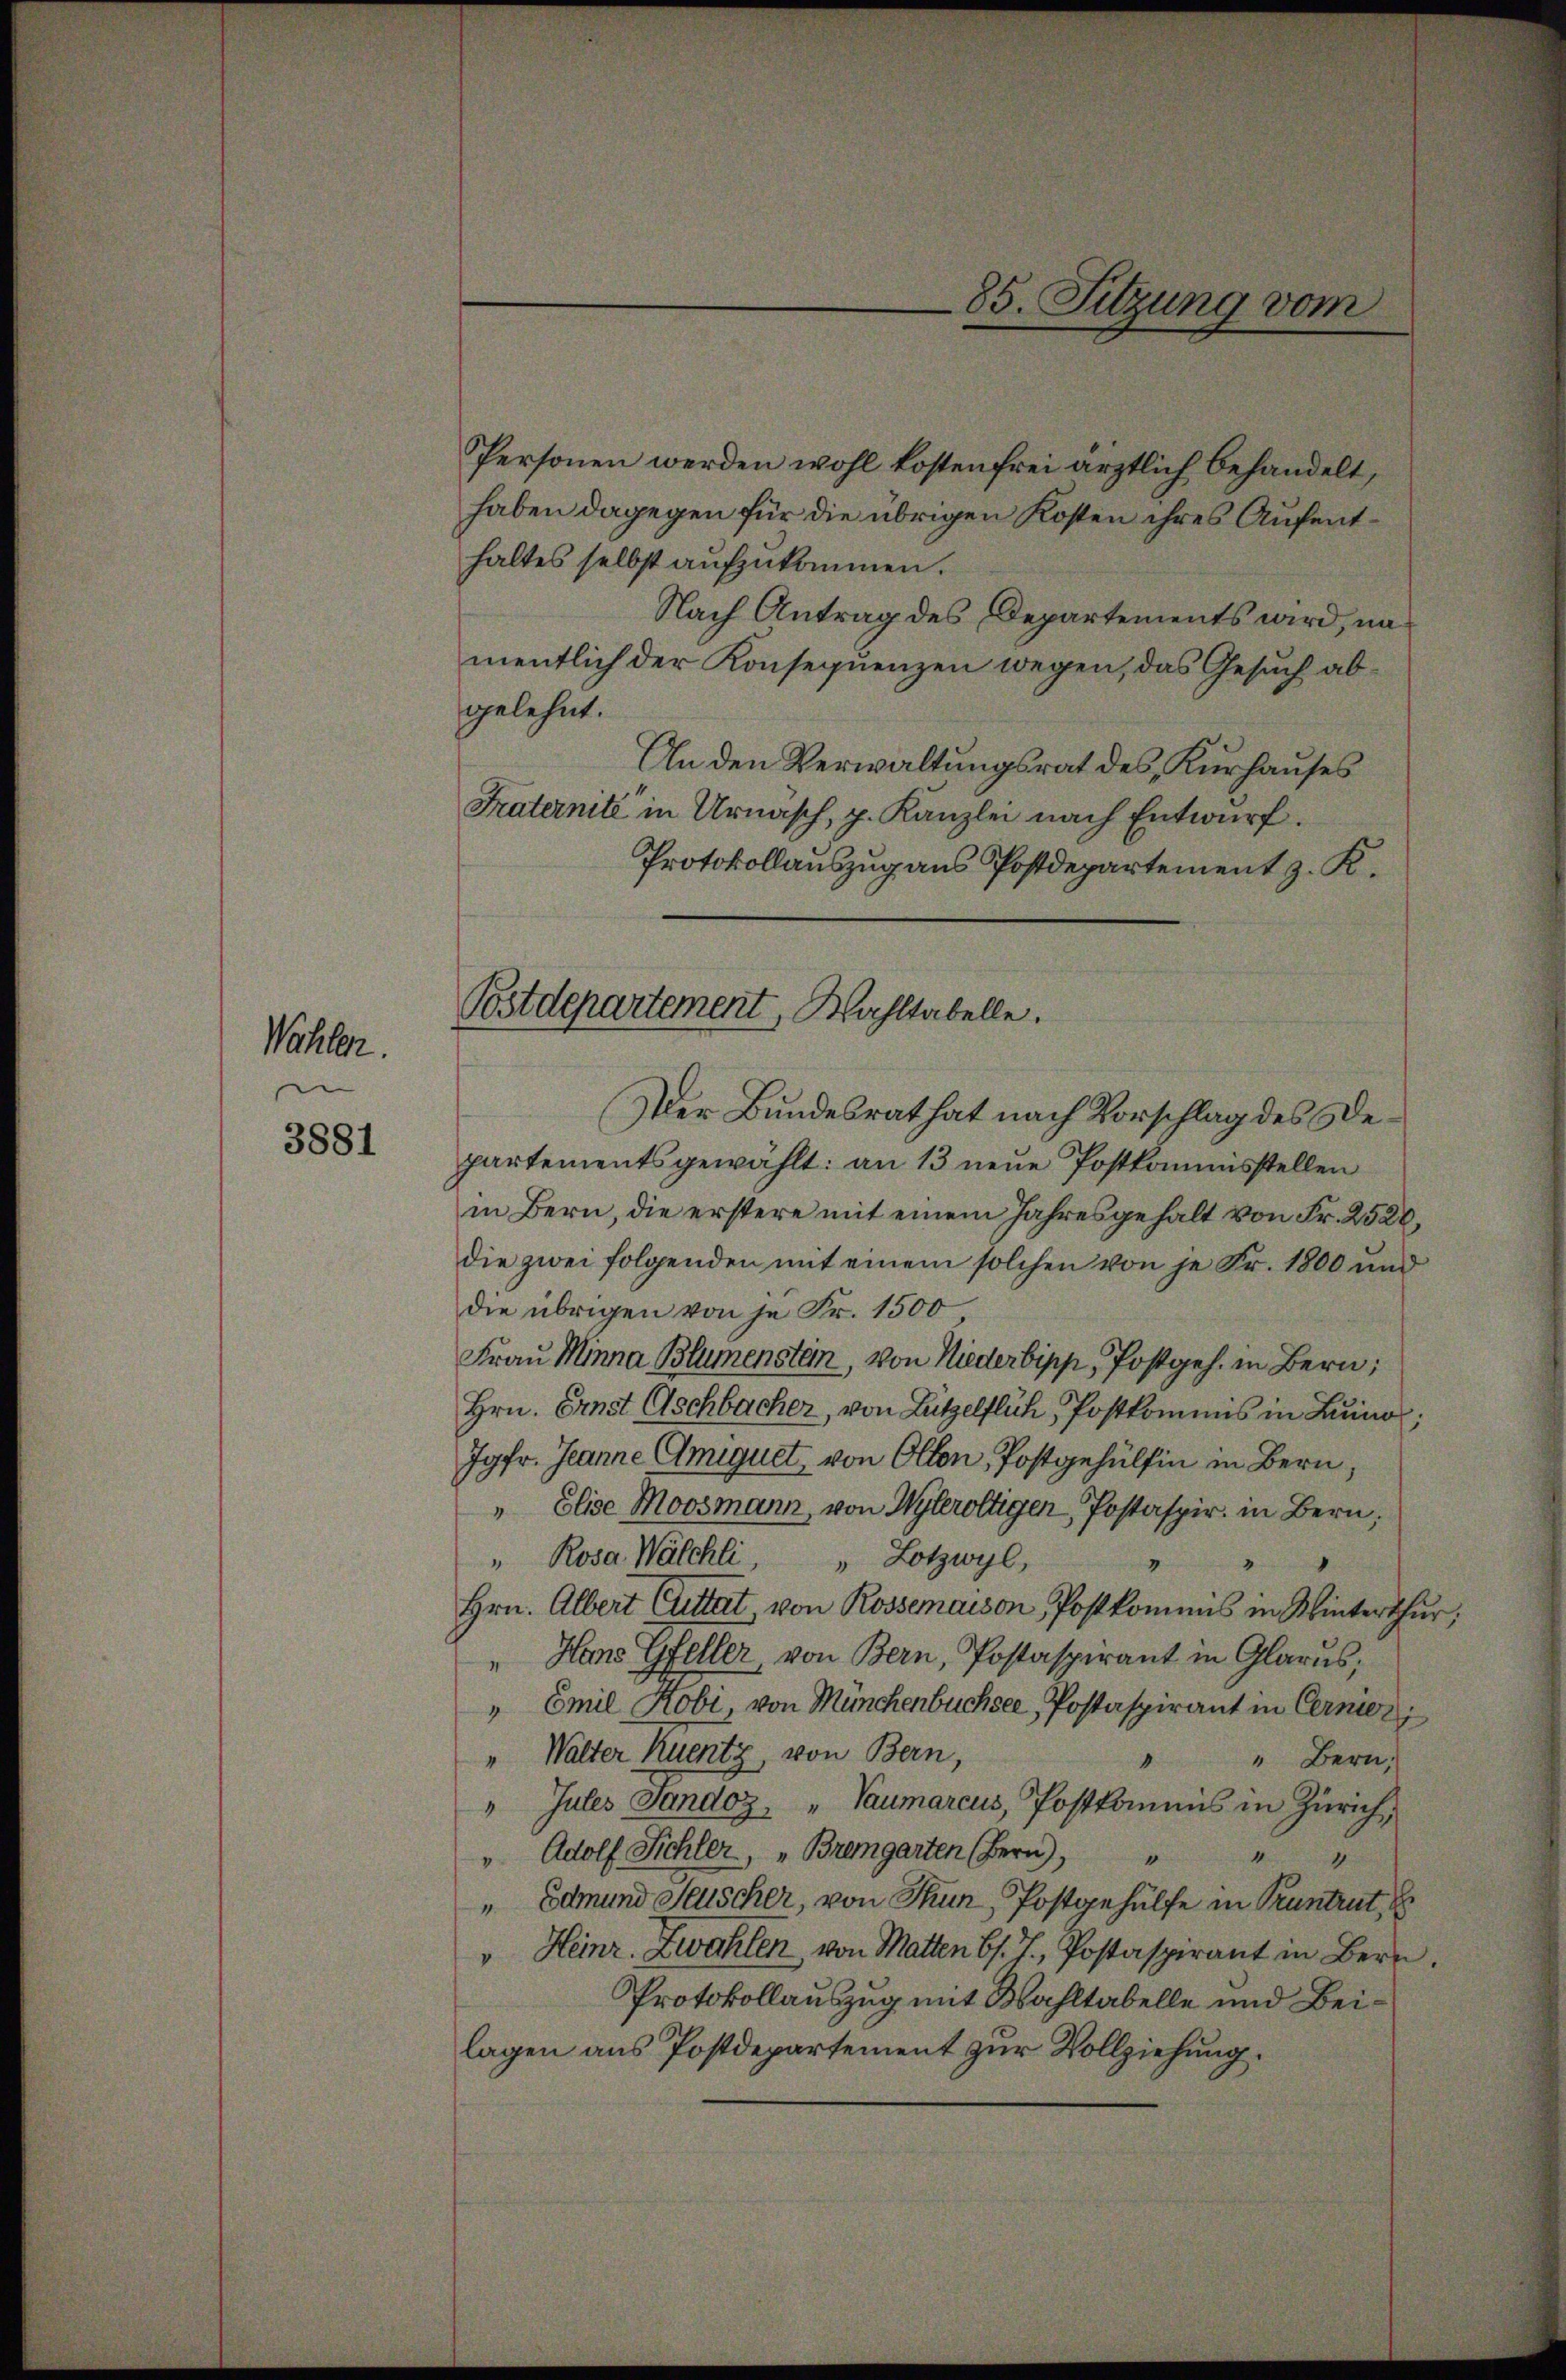
Wähler.

3881

Postdepartement, Wahltabelle.

Personen werden wohl kostenfrei ärztlich behandelt,
haben dagegen für die übrigen Kosten ihres Aufenthaltes selbst aufzukommen.
Nach Antrag des Departements wird, namentlich der Konsequenzen wegen, das Gesuch abgelehnt.
An den Verwaltungsrat des Kurhauses
Fraternité in Urnasch, p. Kanzlei nach Entwurf.
Protokollauszug aus Postdepartement z. K.
Der Bundesrat hat nach Vorschlag des Departementsgewählt: an 13 neue Postkommisstellen
in Bern, die erstere mit einem Jahresgehalt von Fr. 2520,
die zwei folgenden mit einem solchen von je Fr. 1800 und
die übrigen von je Fr. 1500
Frau Minna Blumenstein, von Niederbipp, Postgeh. in Bern,
Hrn. Ernst Aschbacher, von Lützelflich, Postkommis in Luno,
Jgfr. Jeanne Amiquet, von Olten, Postgehülfen in Bern,
" Elise Moosmann, von Wyleroltigen Postaspir in Bern,
" Rosa Walchli " Lotzwyl,
Hrn. Albert Cuttat, von Rossemaison Postkommis in Winterthur,
"Hans Gfeller, von Bern, Postaspirant in Glarus,
" Emil Kobi, von Münchenbuchsee, Postaspirant in Cerner
" Walter kuentz, von Bern,
" " Bern,
"Jules Sandoz "Vaumarcus, Postkommis in Zürich,
" Adolf Sichler, „Bremgarten (Bern,
" Edmund Seuscher, von Thun, Postgehülfe in Pruntrut,
" Heinr. Zwahlen, von Matten bs. J., Postaspirant in Bern.
Protokollauszug mit Wahltabelle und Bei
lagen aus Postdepartement zur Vollziehung.

85. Sitzung vom